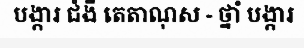
បង្ការ ជំងឺ តេតាណុស - ថ្នាំ បង្ការ